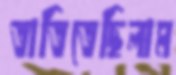
তাতিতেছিলাম